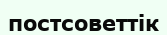
постсоветтік